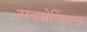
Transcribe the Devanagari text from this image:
सबमेर्जिबल